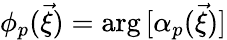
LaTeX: \phi_{p}(\vec{\xi})=\arg{[{\alpha}_{p}(\vec{\xi})]}